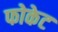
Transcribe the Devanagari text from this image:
फोकेट